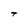
Character: t